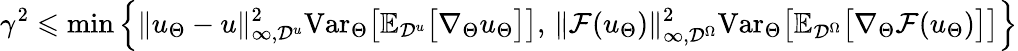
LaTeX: \gamma^{2}\leqslant\mathrm{min}\left\{ \| u_{\Theta}-u\| _{\infty,\mathcal{D}^{u}}^{2}\mathrm{Var}_{\Theta}\big[\mathbb{E}_{\mathcal{D}^{u}}\big[\nabla_{\Theta}u_{\Theta}\big]\big],\, \| \mathcal{F}(u_{\Theta})\| _{\infty,\mathcal{D}^{\Omega}}^{2}\mathrm{Var}_{\Theta}\big[\mathbb{E}_{\mathcal{D}^{\Omega}}\big[\nabla_{\Theta}\mathcal{F}(u_{\Theta})\big]\big]\right\}